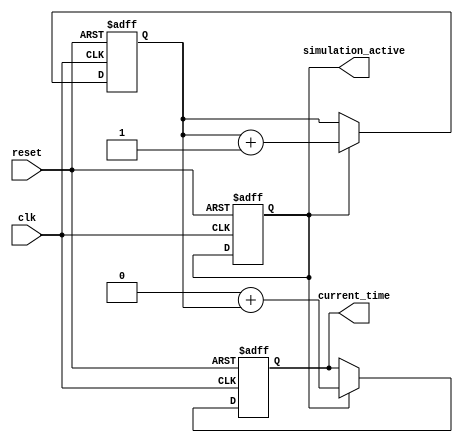
module simulation_time_initialization #(
    parameter INTEGER_START_TIME = 0,  // Default start time
    parameter TIME_RESOLUTION = 1       // Time resolution (1 for simplest case, can be adjusted)
)(
    input wire clk,                      // Clock signal for simulation timing
    input wire reset,                    // Reset signal
    output reg [31:0] current_time,     // Output for current simulation time
    output reg simulation_active         // Flag to indicate whether simulation is active
);

    reg [31:0] time_counter;             // Internal register for elapsed time

    // Initialization process
    initial begin
        current_time = INTEGER_START_TIME;  // Set current time to start time
        time_counter = 0;                    // Initialize time counter to zero
        simulation_active = 1'b1;            // Set simulation active flag to true
    end

    // Always block to monitor simulation state and update time
    always @(posedge clk or posedge reset) begin
        if (reset) begin
            // Reset conditions
            current_time <= INTEGER_START_TIME;
            time_counter <= 0;
            simulation_active <= 1'b1;
        end else if (simulation_active) begin
            // Increment the time counter based on resolution
            time_counter <= time_counter + TIME_RESOLUTION;

            // Update current time
            current_time <= INTEGER_START_TIME + time_counter;
        end
    end

    // You can add termination conditions here
    // For example, if you need to stop the simulation after a certain time
    // always @(posedge clk) begin
    //     if (current_time >= SOME_TERMINATION_CONDITION) begin
    //         simulation_active <= 1'b0;  // Deactivate simulation on condition
    //     end
    // end

endmodule